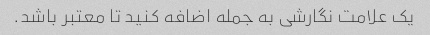
یک علامت نگارشی به جمله اضافه کنید تا معتبر باشد.